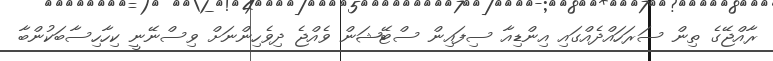
ރާއްޖޭގެ ތިން ސަރަހައްދެއްގައި އިންޑިއާ ސިފައިން ސްޓޭޝަން ވެއްޖެ ދިވެހިންނަށް ވިސްނޭނީ ކިހާހިސާބަކުންބާ